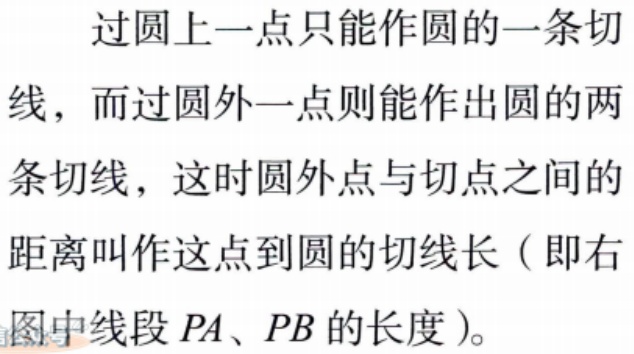
过圆上一点只能作圆的一条切
线，而过圆外一点则能作出圆的两
条切线，这时圆外点与切点之间的
距离叫作这点到圆的切线长（即右
图中线段 \(PA、PB\) 的长度）。